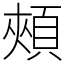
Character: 頰